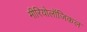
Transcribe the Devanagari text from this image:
मीरियोलॉजिकल